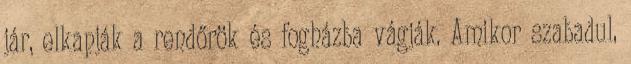
jár, elkapják a rendőrök és fogházba vágják. Amikor szabadul,